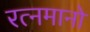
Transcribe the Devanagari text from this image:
रत्नमानो